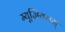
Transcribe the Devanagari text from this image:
म्यूज़ियमस्